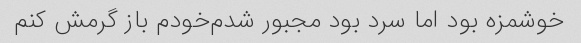
خوشمزه بود اما سرد بود مجبور شدم‌خودم باز گرمش کنم